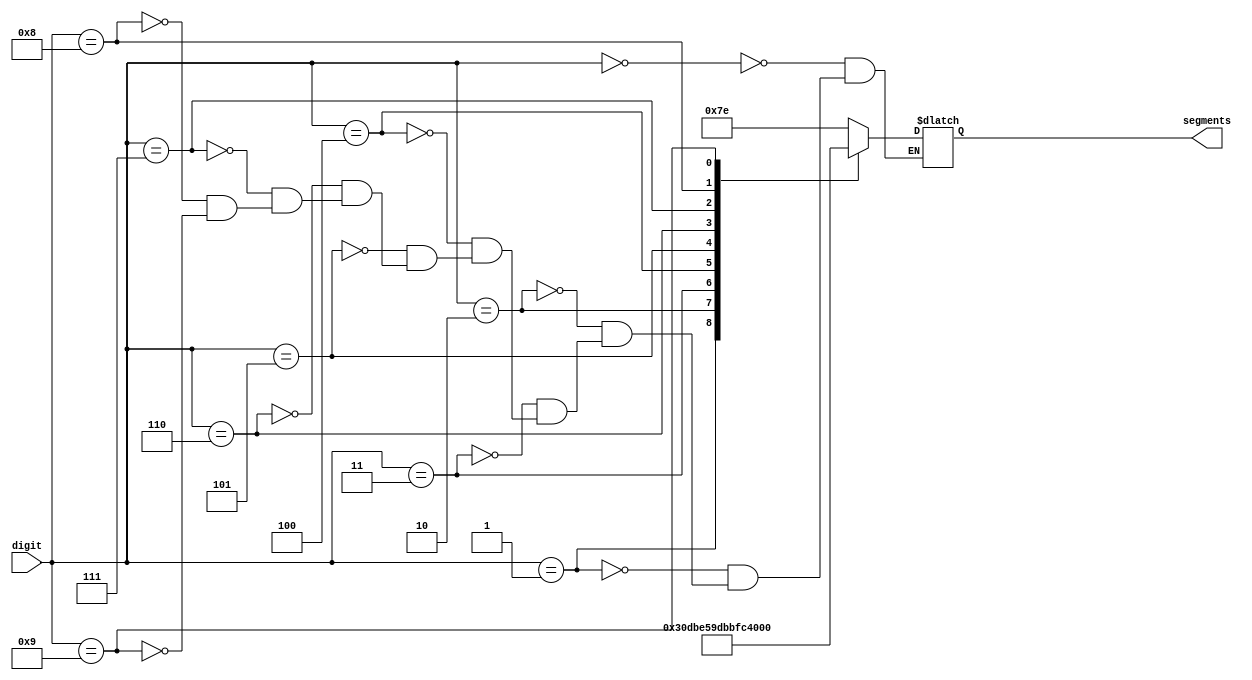
module bin_to_segments(segments, digit); // Convertidor de binario a siete segmentos.

    
    input [3:0] digit;
    output reg [6:0] segments;

    parameter   CERO = 7'b1111110, UNO = 7'b0110000, DOS = 7'b1101101, TRES = 7'b1111001, CUATRO = 7'b0110011, 
                CINCO = 7'b1011011, SEIS = 7'b1011111, SIETE = 7'b1110000, OCHO = 7'b1111111, NUEVE = 7'b1111011;

    always @ (*)
    begin
        
            case(digit)
                4'b0000: segments <= CERO;
                4'b0001: segments <= UNO;
                4'b0010: segments <= DOS;
                4'b0011: segments <= TRES;
                4'b0100: segments <= CUATRO;
                4'b0101: segments <= CINCO;
                4'b0110: segments <= SEIS;
                4'b0111: segments <= SIETE;
                4'b1000: segments <= OCHO;
                4'b1001: segments <= NUEVE;
            endcase
        
    end

endmodule